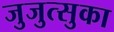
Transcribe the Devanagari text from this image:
जुजुत्सुका